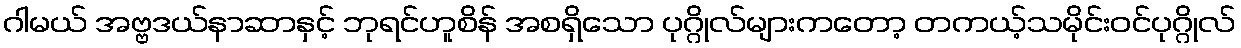
ဂါမယ် အဗ္ဗဒယ်နာဆာနှင့် ဘုရင်ဟူစိန် အစရှိသော ပုဂ္ဂိုလ်များကတော့ တကယ့်သမိုင်းဝင်ပုဂ္ဂိုလ်